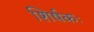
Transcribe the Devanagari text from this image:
शिर्षकः